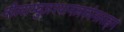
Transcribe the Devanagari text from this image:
नीलाम्बुजश्यामलकोमलाङ्गं